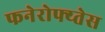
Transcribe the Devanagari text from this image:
फनेरोफ्य्तेस